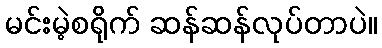
မင်းမဲ့စရိုက် ဆန်ဆန်လုပ်တာပဲ။